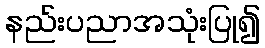
နည်းပညာအသုံးပြု၍